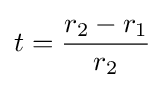
t={\frac {r_{2}-r_{1}}{r_{2}}}